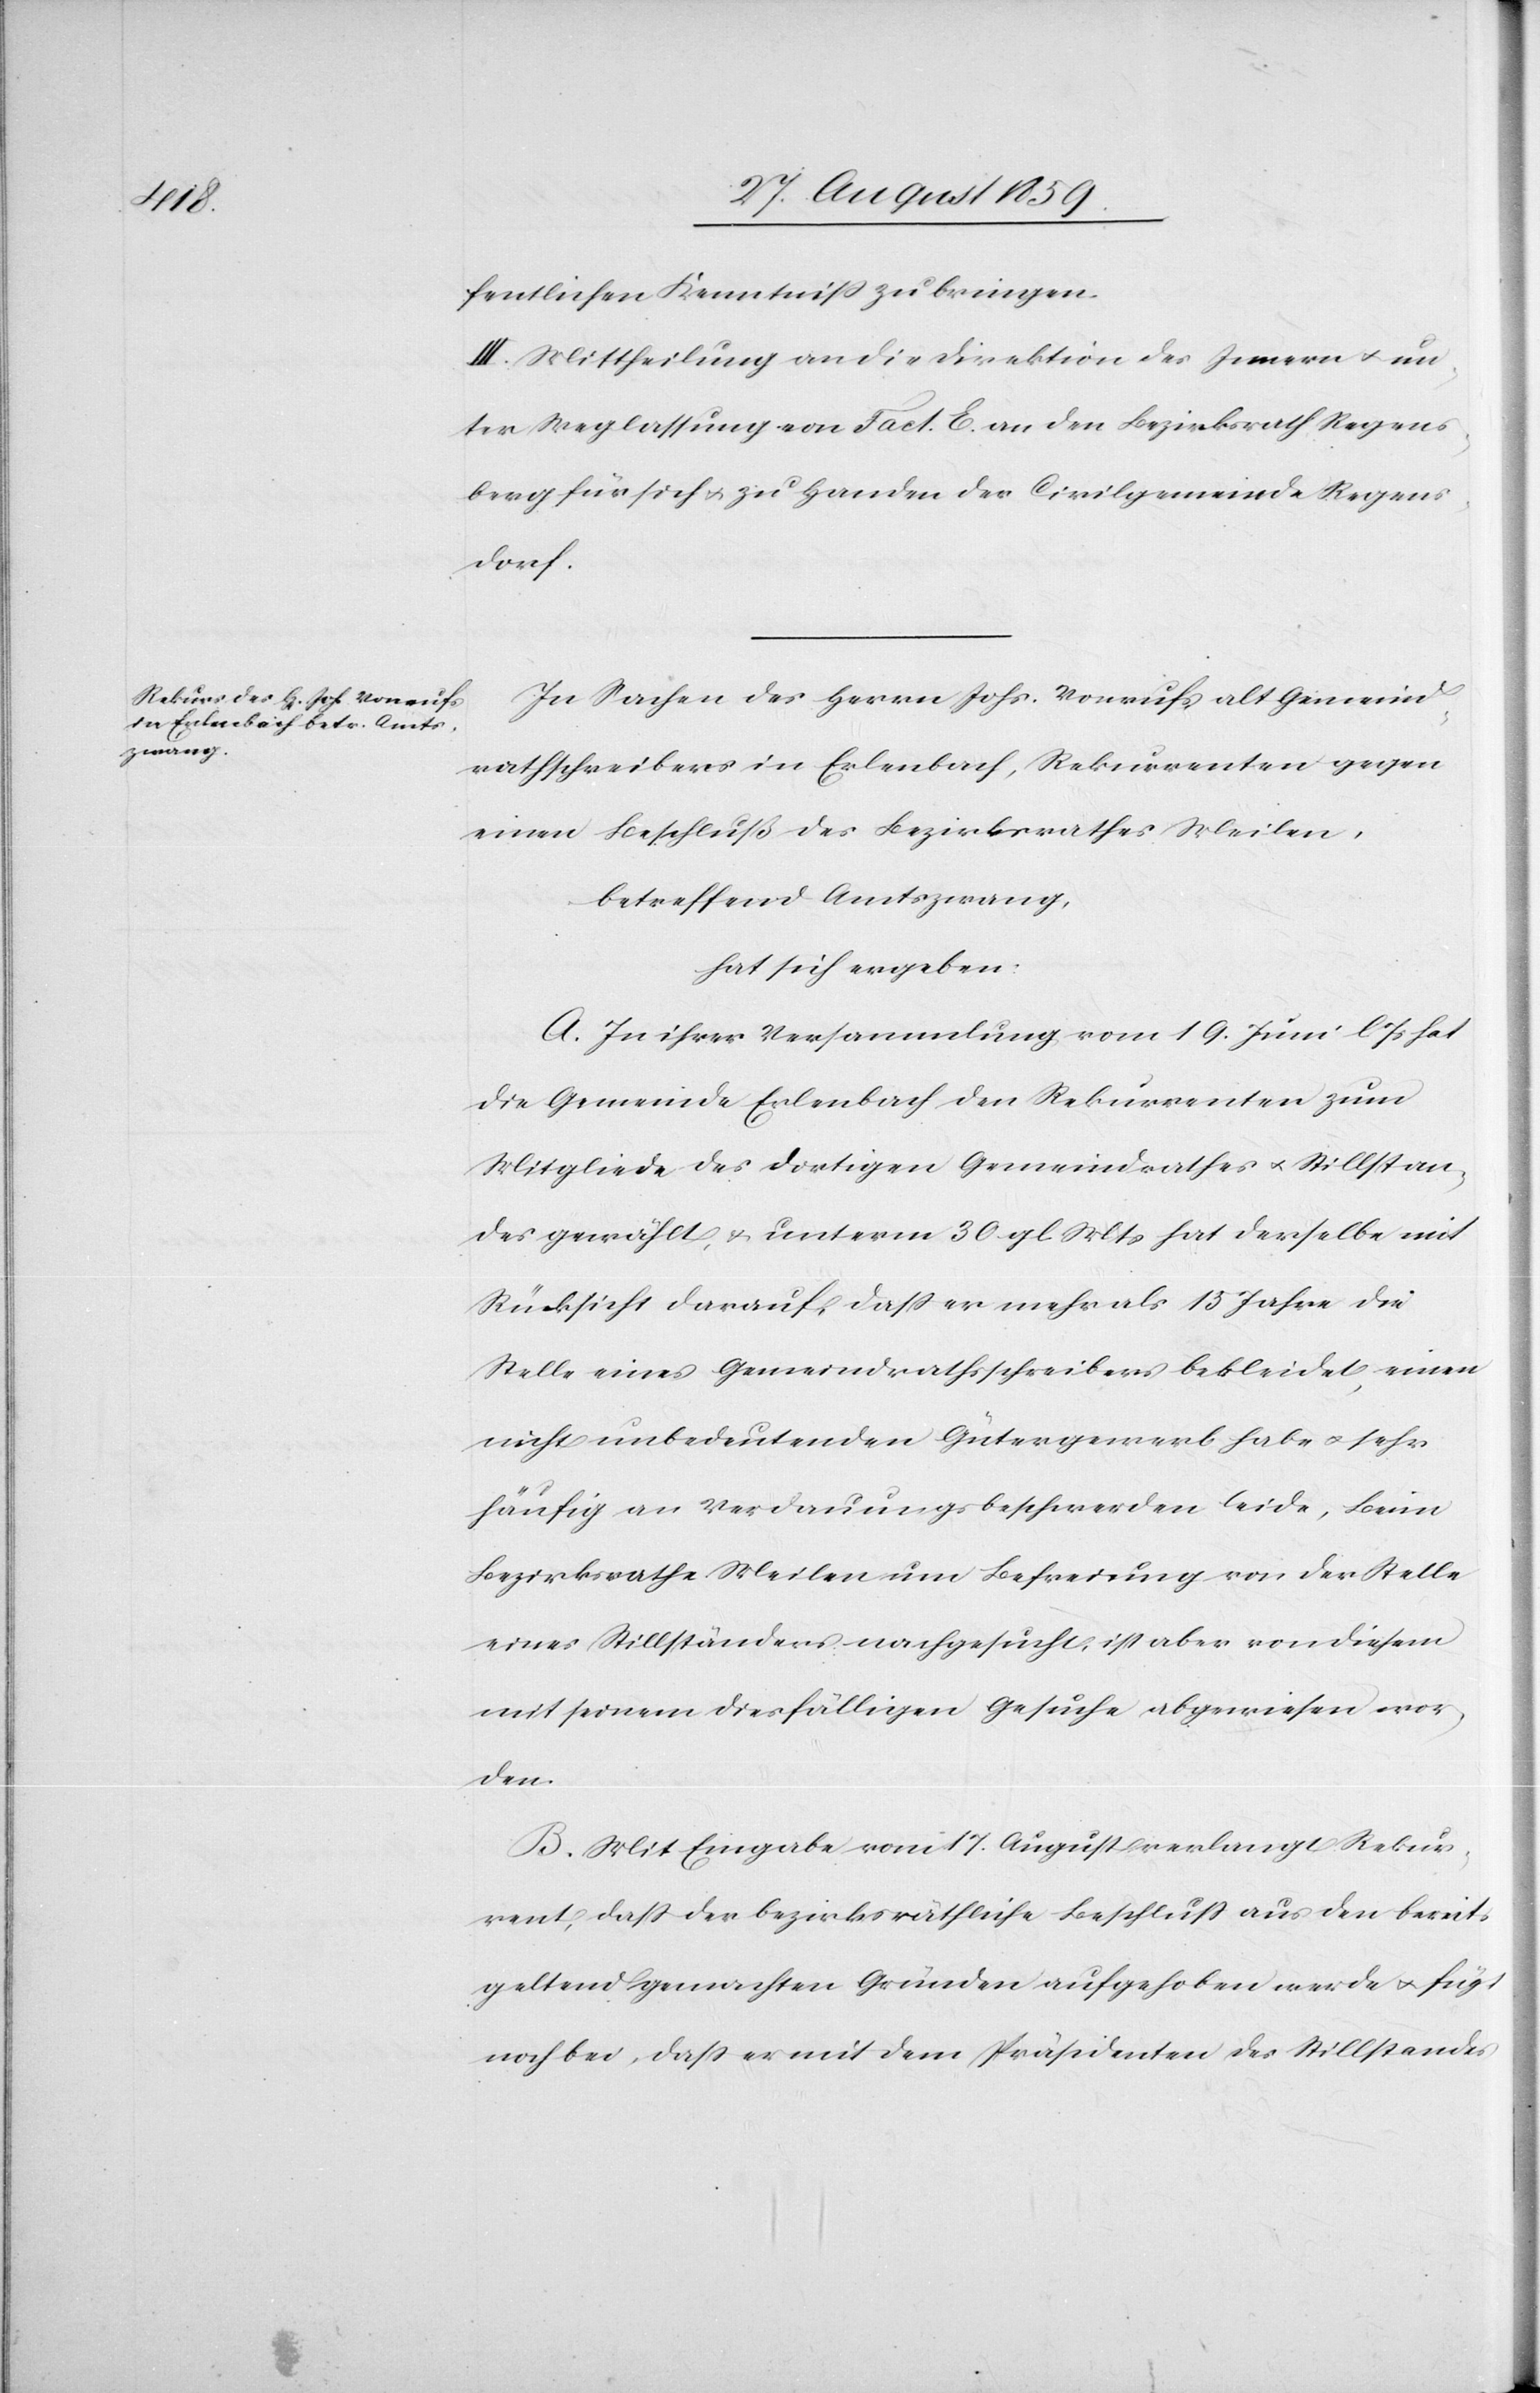
fentlichen Kenntniß zu bringen.
III. Mittheilung an die Direktion des Innern & un¬
ter Weglassung von Fact. E. an den Bezirksrath Regens¬
berg für sich & zu Handen der Civilgemeinde Regens¬
dorf.
In Sachen des Herrn Johs. Vonrufs alt Gemeind¬
rathschreibers in Erlenbach, Rekurrenten gegen
einen Beschluß des Bezirksrathes Meilen,
betreffend Amtszwang,
hat sich ergeben:
A. In ihrer Versammlung vom 19. Juni l. Js. hat
die Gemeinde Erlenbach den Rekurrenten zum
Mitgliede des dortigen Gemeindrathes & Stillstan¬
des gewählt, & unterm 30. gl. Mts. hat derselbe mit
Rücksicht darauf, daß er mehr als 15 Jahre die
Stelle eines Gemeindrathsschreibers bekleidet, einen
nicht unbedeutenden Gütergewerb habe & sehr
häufig an Verdauungsbeschwerden leide, beim
Bezirksrathe Meilen um Befreiung von der Stelle
eines Stillständers nachgesucht, ist aber von diesem
mit seinem diesfälligen Gesuche abgewiesen wor¬
den.
B. Mit Eingabe vom 17. August verlangt Rekur¬
rent, daß der bezirksräthliche Beschluß aus den bereits
geltend gemachten Gründen aufgehoben werde & fügt
noch bei, daß er mit dem Präsidenten des Stillstandes